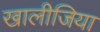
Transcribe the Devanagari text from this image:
खालीजिया